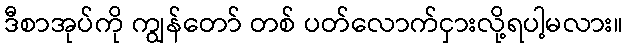
ဒီစာအုပ်ကို ကျွန်တော် တစ် ပတ်လောက်ငှားလို့ရပါ့မလား။